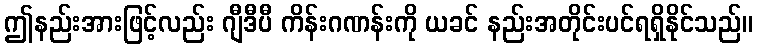
ဤနည်းအားဖြင့်လည်း ဂျီဒီပီ ကိန်းဂဏန်းကို ယခင် နည်းအတိုင်းပင်ရရှိနိုင်သည်။